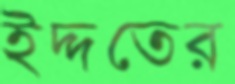
ইদ্দতের